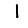
Digit: 1